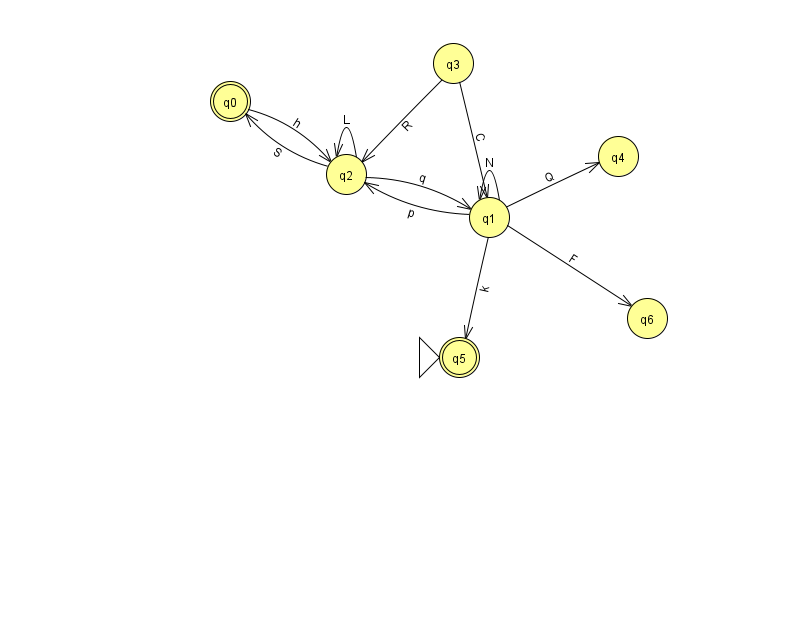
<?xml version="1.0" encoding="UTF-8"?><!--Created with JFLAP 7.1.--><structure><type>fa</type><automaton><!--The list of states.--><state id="0" name="q0"><x>230.0</x><y>88.0</y><final/></state><state id="1" name="q1"><x>489.0</x><y>204.0</y></state><state id="2" name="q2"><x>346.0</x><y>161.0</y></state><state id="3" name="q3"><x>453.0</x><y>50.0</y></state><state id="4" name="q4"><x>618.0</x><y>143.0</y></state><state id="5" name="q5"><x>459.0</x><y>344.0</y><initial/><final/></state><state id="6" name="q6"><x>647.0</x><y>305.0</y></state><!--The list of transitions.--><transition><from>2</from><to>0</to><read>S</read></transition><transition><from>1</from><to>5</to><read>k</read></transition><transition><from>3</from><to>1</to><read>C</read></transition><transition><from>1</from><to>2</to><read>p</read></transition><transition><from>1</from><to>4</to><read>Q</read></transition><transition><from>1</from><to>6</to><read>F</read></transition><transition><from>2</from><to>1</to><read>q</read></transition><transition><from>0</from><to>2</to><read>h</read></transition><transition><from>2</from><to>2</to><read>L</read></transition><transition><from>1</from><to>1</to><read>N</read></transition><transition><from>3</from><to>2</to><read>R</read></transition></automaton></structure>